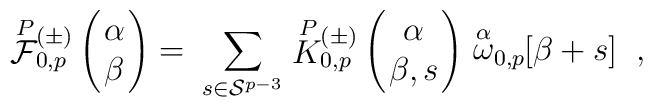
\stackrel{P}{\cal F}{}\!\!_{0,p}^{(\pm)} \left( \begin{array}{c}  \!\!\alpha  \!\!\\  \!\!\beta  \!\!\end{array} \right) = \; \sum_{s\in{\cal  S}^{p-3} } \stackrel{P}{K}{}\!\!_{0,p}^{(\pm)}  \left( \begin{array}{c} \!\!\alpha\!\! \\ \!\!\beta,s\!\! \end{array} \right)  \stackrel{\alpha}{\omega}_{0,p}\!\! \lbrack \beta+s \rbrack \;\;,